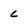
Character: C